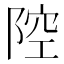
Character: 𱀞